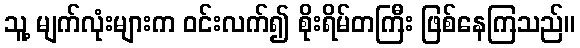
သူ့ မျက်လုံးများက ဝင်းလက်၍ စိုးရိမ်တကြီး ဖြစ်နေကြသည်။